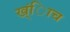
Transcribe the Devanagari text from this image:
ख्ंिाच